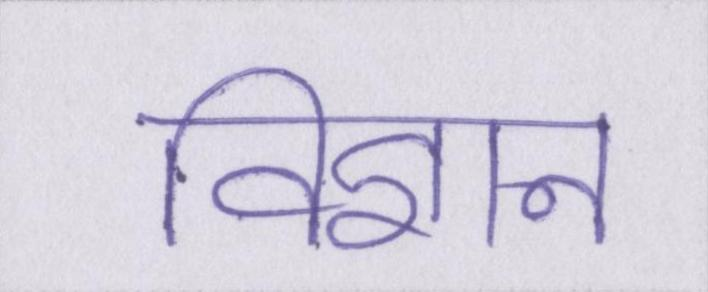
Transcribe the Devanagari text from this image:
विज्ञान